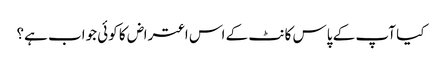
کیا آپ کے پاس کانٹ کے اس اعتراض کا کوئی جواب ہے؟